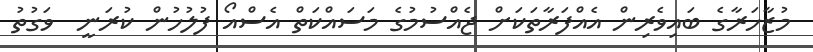
މުޒާހަރާގެ ބައިވެރިން އެއްފަރާތަކަށް ޖެއްސުމުގެ މަސައްކަތް އެސްއޯ ފުލުހުން ކުރަނީ  ވަގުތު